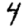
Digit: 4